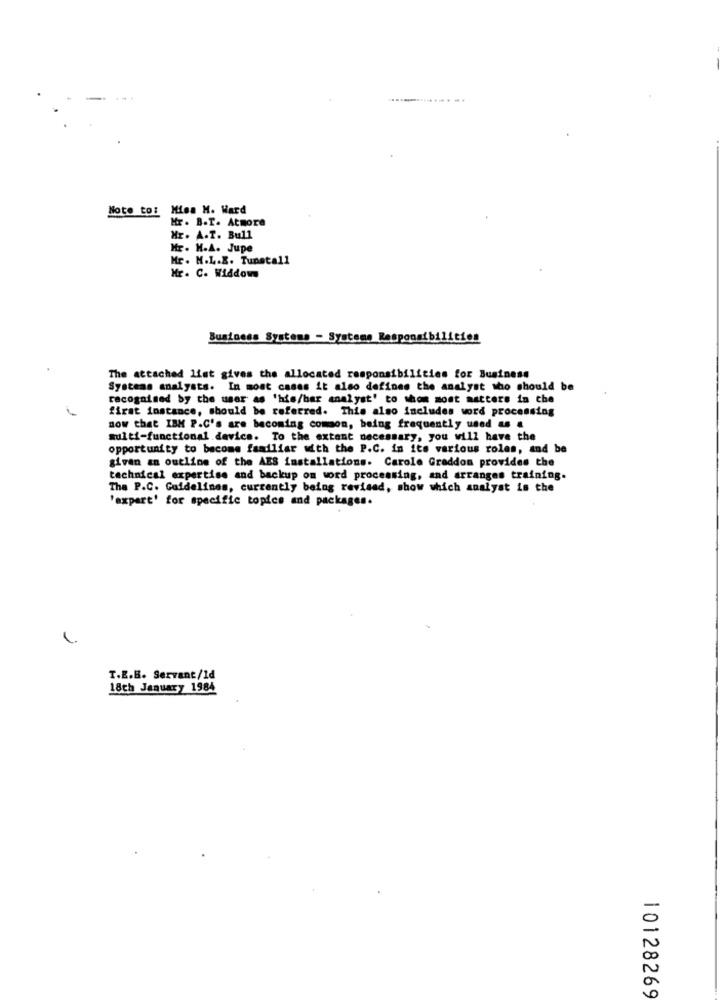
Note to: Misa M. Ward
Mr. B.T. Atmore
Hr. A.T. Bull
Mr. H.A. Jupe
Mr. M.L.E. Tunstall
Mr. C. Widdows
Business Systems - Systeme Responsibilities
The attached list gives the allocated responsibilities for Business
Systems analysts. In most cases it also defines the analyst who should be
recognised by the user as 'his/her analyst' to whom mont matters in the
first instance, should be referred. This also includes word processing
now that IBM P.C's are becoming common, being frequently used & #
multi-functional.device. To the extent necessary, you will have the
opportunity to become familiar with the P.C. in its various roles, and be
given an outline of the AES installations. Carole Graddon provides the
technical expertise and backup om word processing, and arranges training.
The P.C. Guidelines, currently being revised, show which analyst is the
'axpert' for specific topics and packages.
T.E.B. Servant/1d
18th January 1984
10128269